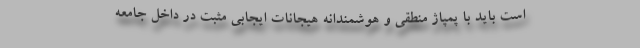
است باید با پمپاژ منطقی و هوشمندانه هیجانات ایجابی مثبت در داخل جامعه